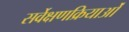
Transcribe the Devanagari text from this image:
सर्वेक्षणक्रियाओं